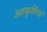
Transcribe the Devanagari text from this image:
आकृत्तियां